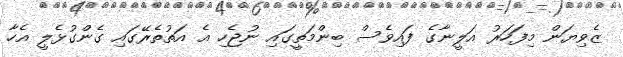
ޒެވިޔަން މިފަހަރު އަލީނާގެ ފައިވެސް ބިންމަތީގައި ނުޖެހި އެ އަތުތެރޭގައި ގެންގުޅެލީ އެހާ